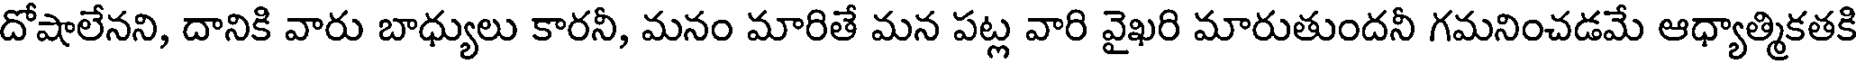
దోషాలేనని, దానికి వారు బాధ్యులు కారనీ, మనం మారితే మన పట్ల వారి వైఖరి మారుతుందనీ గమనించడమే ఆధ్యాత్మికతకి